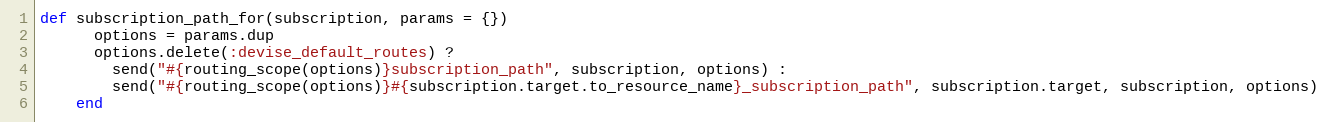
Language: Ruby
def subscription_path_for(subscription, params = {})
      options = params.dup
      options.delete(:devise_default_routes) ?
        send("#{routing_scope(options)}subscription_path", subscription, options) :
        send("#{routing_scope(options)}#{subscription.target.to_resource_name}_subscription_path", subscription.target, subscription, options)
    end